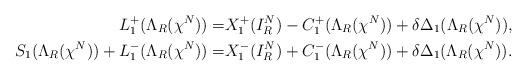
LaTeX: \begin{align*}L_1^+(\Lambda_R(\chi^N)) = & X_1^+(I_R^N) - C_1^+(\Lambda_R(\chi^N)) + \delta \Delta_1(\Lambda_R(\chi^N)), \\S_1(\Lambda_R(\chi^N)) + L_1^-(\Lambda_R(\chi^N)) = & X_1^-(I_R^N) + C_1^-(\Lambda_R(\chi^N)) + \delta \Delta_1(\Lambda_R(\chi^N)).\end{align*}